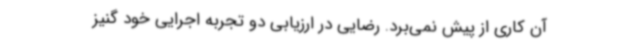
آن کاری از پیش نمی‌برد. رضایی در ارزیابی دو تجربه اجرایی خود گنیز